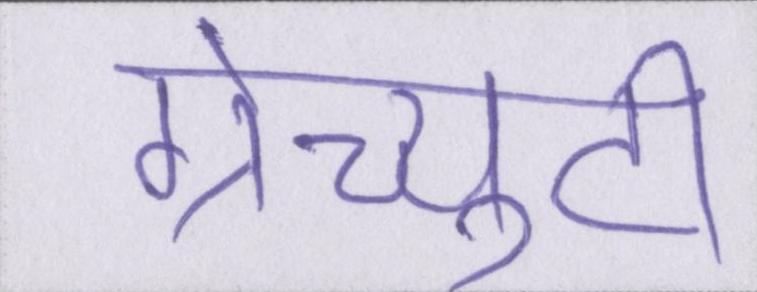
ग्रेच्युटी